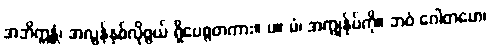
အဘိက္ကန္တံ၊ အလွန်နှစ်လိုဖွယ် ရှိပေစွတကား။ ပ။ မံ၊ အကျွန်ုပ်ကို။ ဘဝံ ဂေါတမော၊